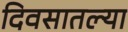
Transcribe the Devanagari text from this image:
दिवसातल्या